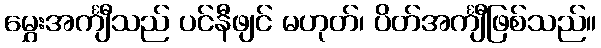
မွှေးအင်္ကျီသည် ပင်နီဖျင် မဟုတ်၊ ပိတ်အင်္ကျီဖြစ်သည်။